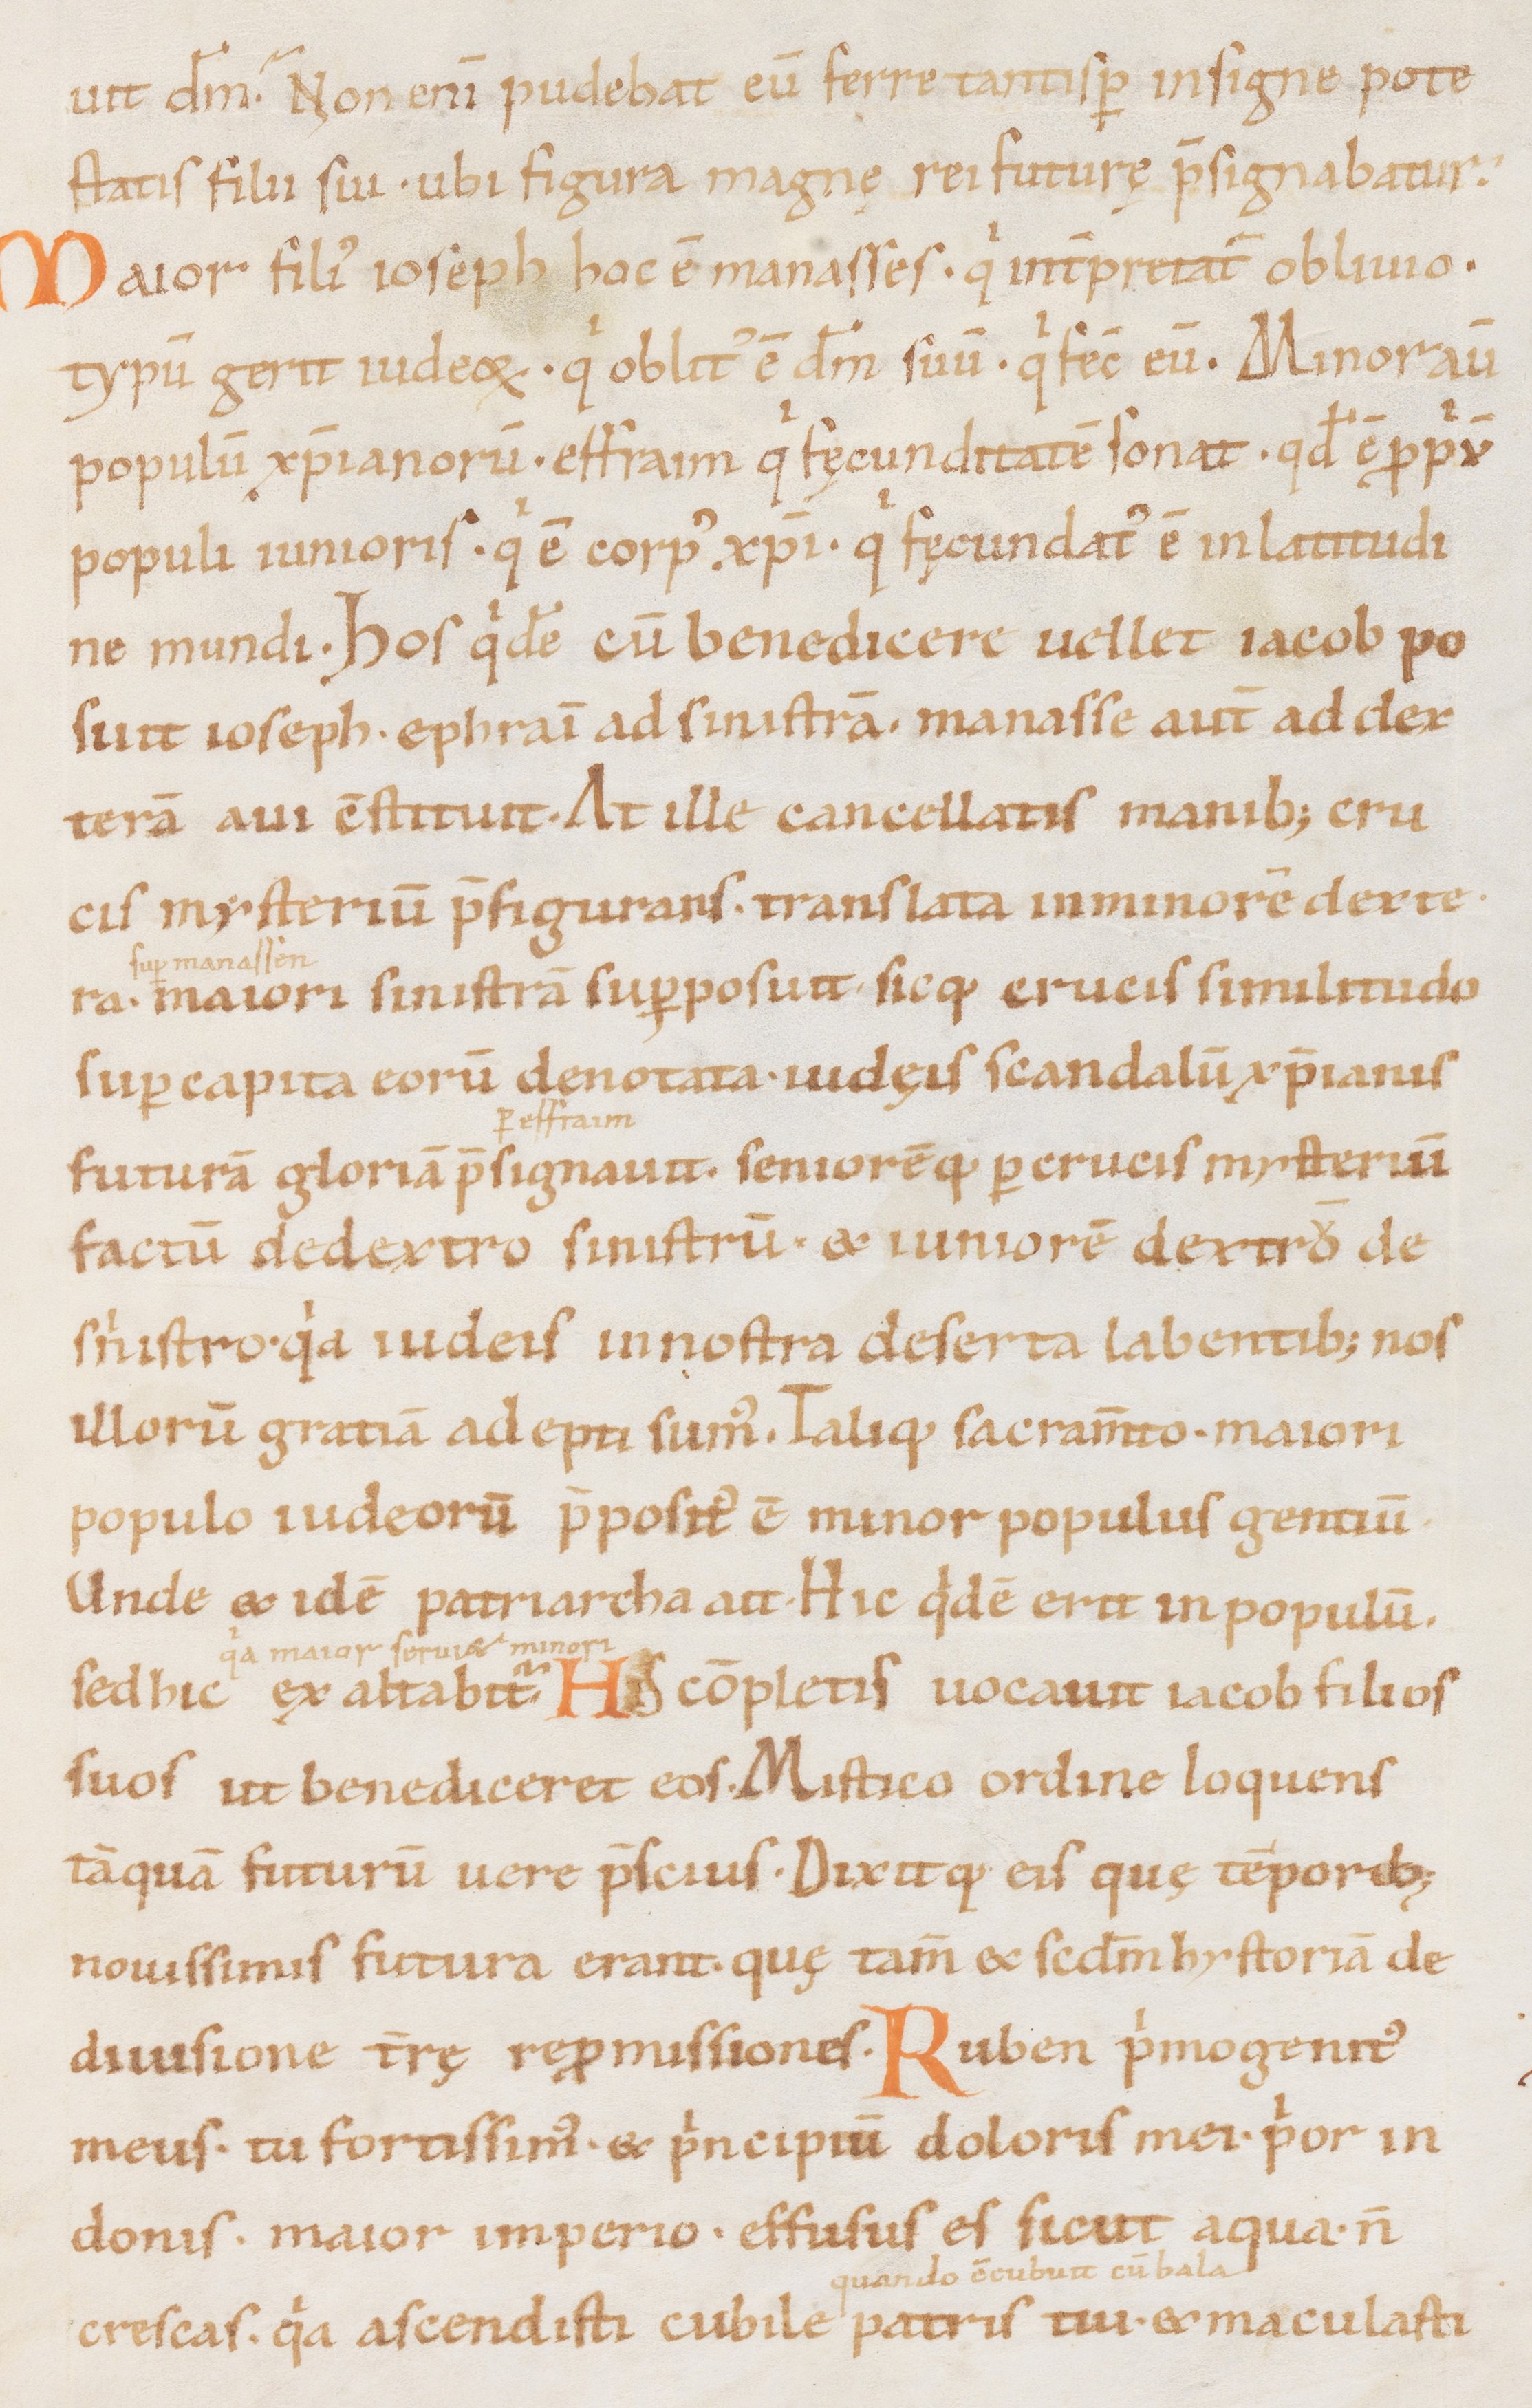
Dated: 1000–1099